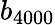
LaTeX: b_{4000}